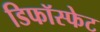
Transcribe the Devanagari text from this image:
डिफॉस्फेट